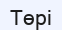
Төрі